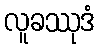
လူခဿုဒံ